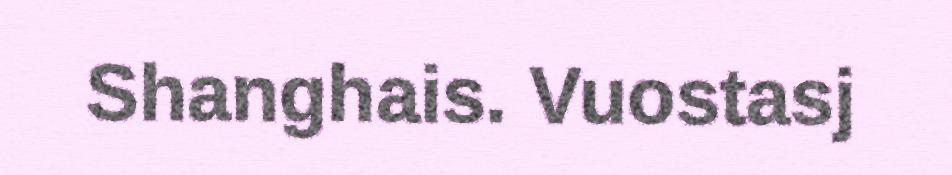
Shanghais. Vuostasj